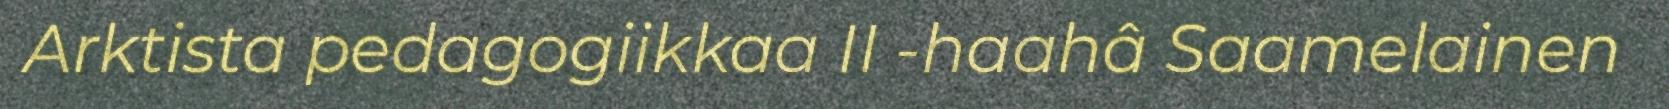
Arktista pedagogiikkaa II -haahâ Saamelainen